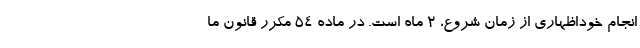
انجام خوداظهاری از زمان شروع، ۲ ماه است. در ماده ۵۴ مکرر قانون ما